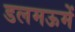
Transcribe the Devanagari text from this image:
डलमऊमें